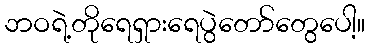
ဘဝရဲ့တိုရေရှားရေပွဲတော်တွေပေါ့။